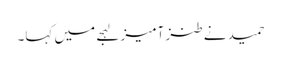
حمید نے طنز آمیز لہجے میں کہا۔